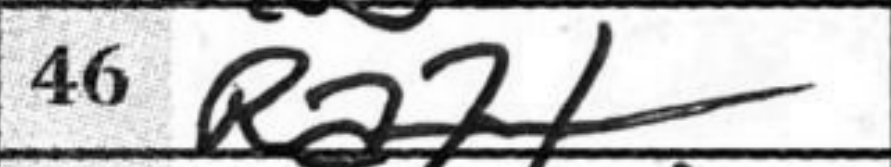
Transcription: Ra7+